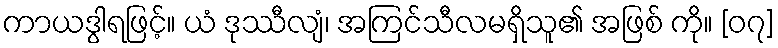
ကာယဒွါရဖြင့်။ ယံ ဒုဿီလျံ၊ အကြင်သီလမရှိသူ၏ အဖြစ် ကို။ [၀၇]